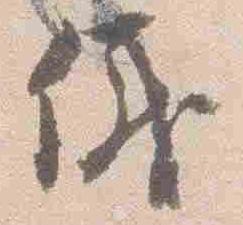
儀